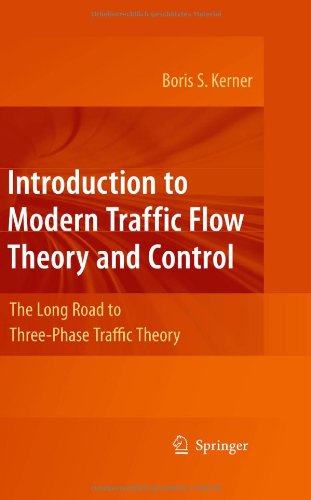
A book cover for Introduction to Modern Traffic Flow Theory and Control: The Long Road to Three-Phase Traffic Theory; Boris S. Kerner; Business & Money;